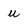
Character: u